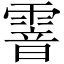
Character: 𩄒